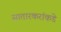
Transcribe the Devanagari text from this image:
सातारकरांकडे